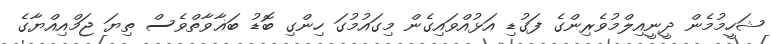
ޝަހީމުމެން ދީނީއިލްމުވެރިންގެ ފަގުޑި އަޅުއްވައިގެން މިގައުމުގަ ހިންގި ބޮޑު ބަޣާވާތްވެސް ތިޔަ ޖަމްއިއްޔާގެ